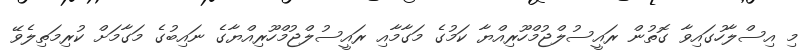
މި އިސްލާހުގައިވާ ގޮތުން ރައީސުލްޖުމްހޫރިއްޔާ ކަމުގެ މަގާމާއި ރައީސުލްޖުމްހޫރިއްޔާގެ ނައިބުގެ މަގާމަށް ކުރިމަތިލެވޭ